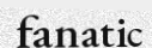
fanatic